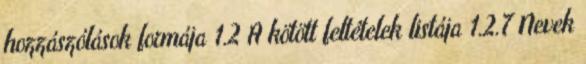
hozzászólások formája 1.2 A kötött feltételek listája 1.2.7 Nevek